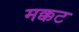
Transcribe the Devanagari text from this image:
मक्कट